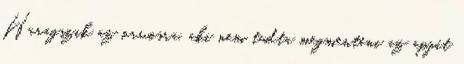
Haragszik az orvosra, aki nem tudta megmenteni az apját